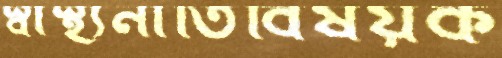
স্বাস্থ্যনীতিবিষয়ক